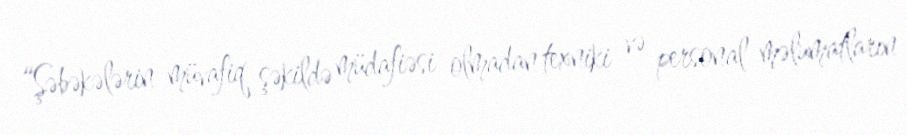
“Şəbəkələrin müvafiq şəkildə müdafiəsi olmadan texniki və personal məlumatların